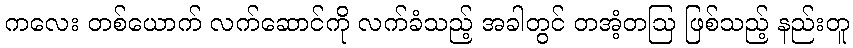
ကလေး တစ်ယောက် လက်ဆောင်ကို လက်ခံသည့် အခါတွင် တအံ့တဩ ဖြစ်သည့် နည်းတူ